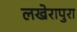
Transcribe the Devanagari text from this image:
लखेरापुरा